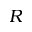
R